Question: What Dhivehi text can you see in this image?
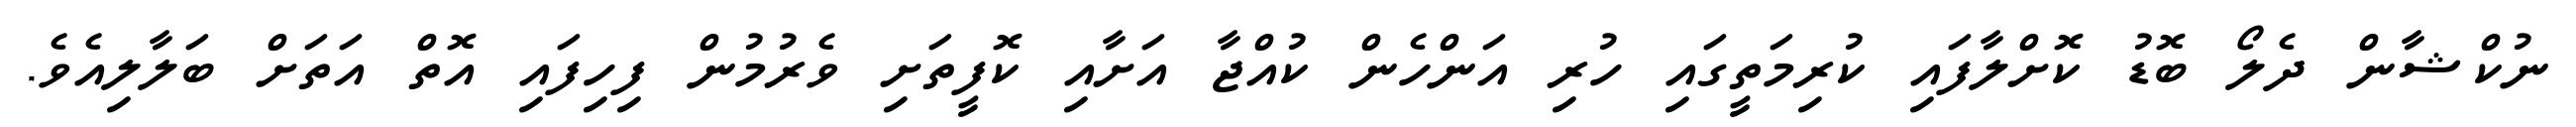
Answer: ނުކްޝާން ދެލޯ ބޮޑު ކޮށްލާފައި ކުރިމަތީގައި ހުރި އަންހެން ކުއްޖާ އަށާއި ކޮފީތަށި ވެރުމުން ފިހިފައި އޮތް އަތަށް ބަލާލިއެވެ.